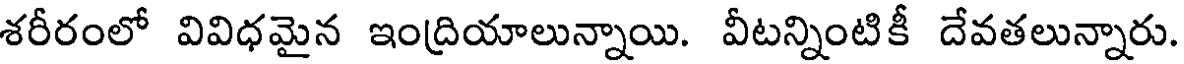
శరీరంలో వివిధమైన ఇంద్రియాలున్నాయి. వీటన్నింటికీ దేవతలున్నారు.